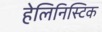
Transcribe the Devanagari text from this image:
हेलिनिस्टिक